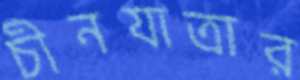
চীনযাত্রার